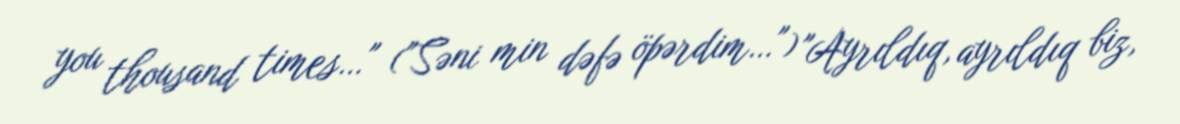
you thousand times…" ("Səni min dəfə öpərdim…") "Ayrıldıq, ayrıldıq biz,